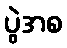
ပွဲအစ